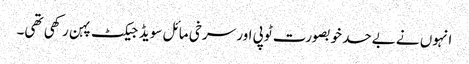
انہوں نے بےحد خوبصورت ٹوپی اور سرخی مائل سویڈ جیکٹ پہن رکھی تھی۔